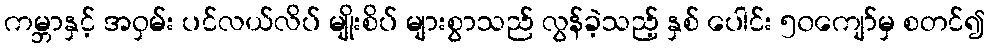
ကမ္ဘာနှင့် အဝှမ်း ပင်လယ်လိပ် မျိုးစိပ် များစွာသည် လွန်ခဲ့သည့် နှစ် ပေါင်း ၅၀ကျော်မှ စတင်၍